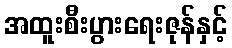
အထူးစီးပွားရေးဇုန်နှင့်